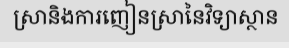
ស្រានិងការញៀនស្រានៃវិទ្យាស្ថាន